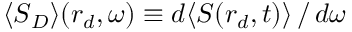
\langle \boldsymbol { S } _ { D } \rangle ( \boldsymbol { r } _ { d } , \omega ) \equiv d \langle \boldsymbol { S } ( \boldsymbol { r } _ { d } , t ) \rangle \, / \, d \omega